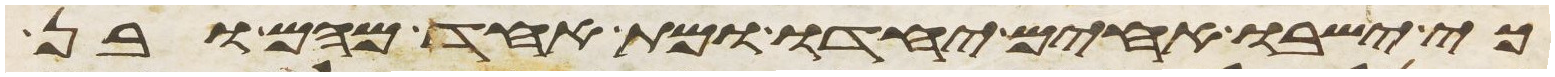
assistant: כי ישבו אחים יחדו ומת אחד מהם ובן